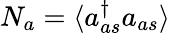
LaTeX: {N}_{a}=\langle a_{as}^{\dagger}a_{as}\rangle